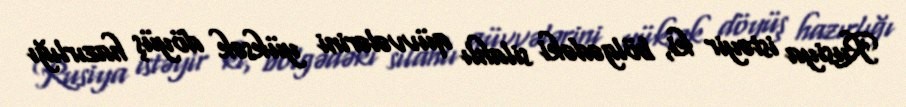
Rusiya istəyir ki, bölgədəki silahlı qüvvələrini yüksək döyüş hazırlığı